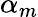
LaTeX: \alpha_{m}